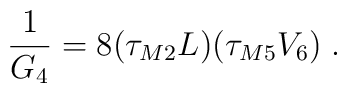
\frac{1}{G_4}=8(\tau_{M2}L)(\tau_{M5}V_6) \; .